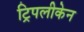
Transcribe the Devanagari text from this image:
ट्रिपलीकेन